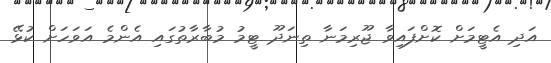
އަދި އެޓީމަށް ކޮށްފައިވާ ޖޫރިމަނާ ތިނަދޫ ޓީމު މުބާރާތުގައި އެންމެ އަވަހަށް ކުޅޭ